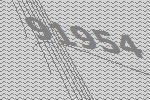
91954